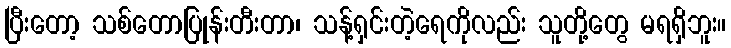
ပြီးတော့ သစ်တောပြုန်းတီးတာ၊ သန့်ရှင်းတဲ့ရေကိုလည်း သူတို့တွေ မရရှိဘူး။